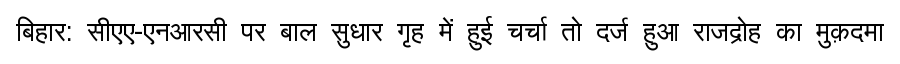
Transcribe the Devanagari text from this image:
बिहार: सीएए-एनआरसी पर बाल सुधार गृह में हुई चर्चा तो दर्ज हुआ राजद्रोह का मुक़दमा